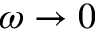
\omega \rightarrow 0